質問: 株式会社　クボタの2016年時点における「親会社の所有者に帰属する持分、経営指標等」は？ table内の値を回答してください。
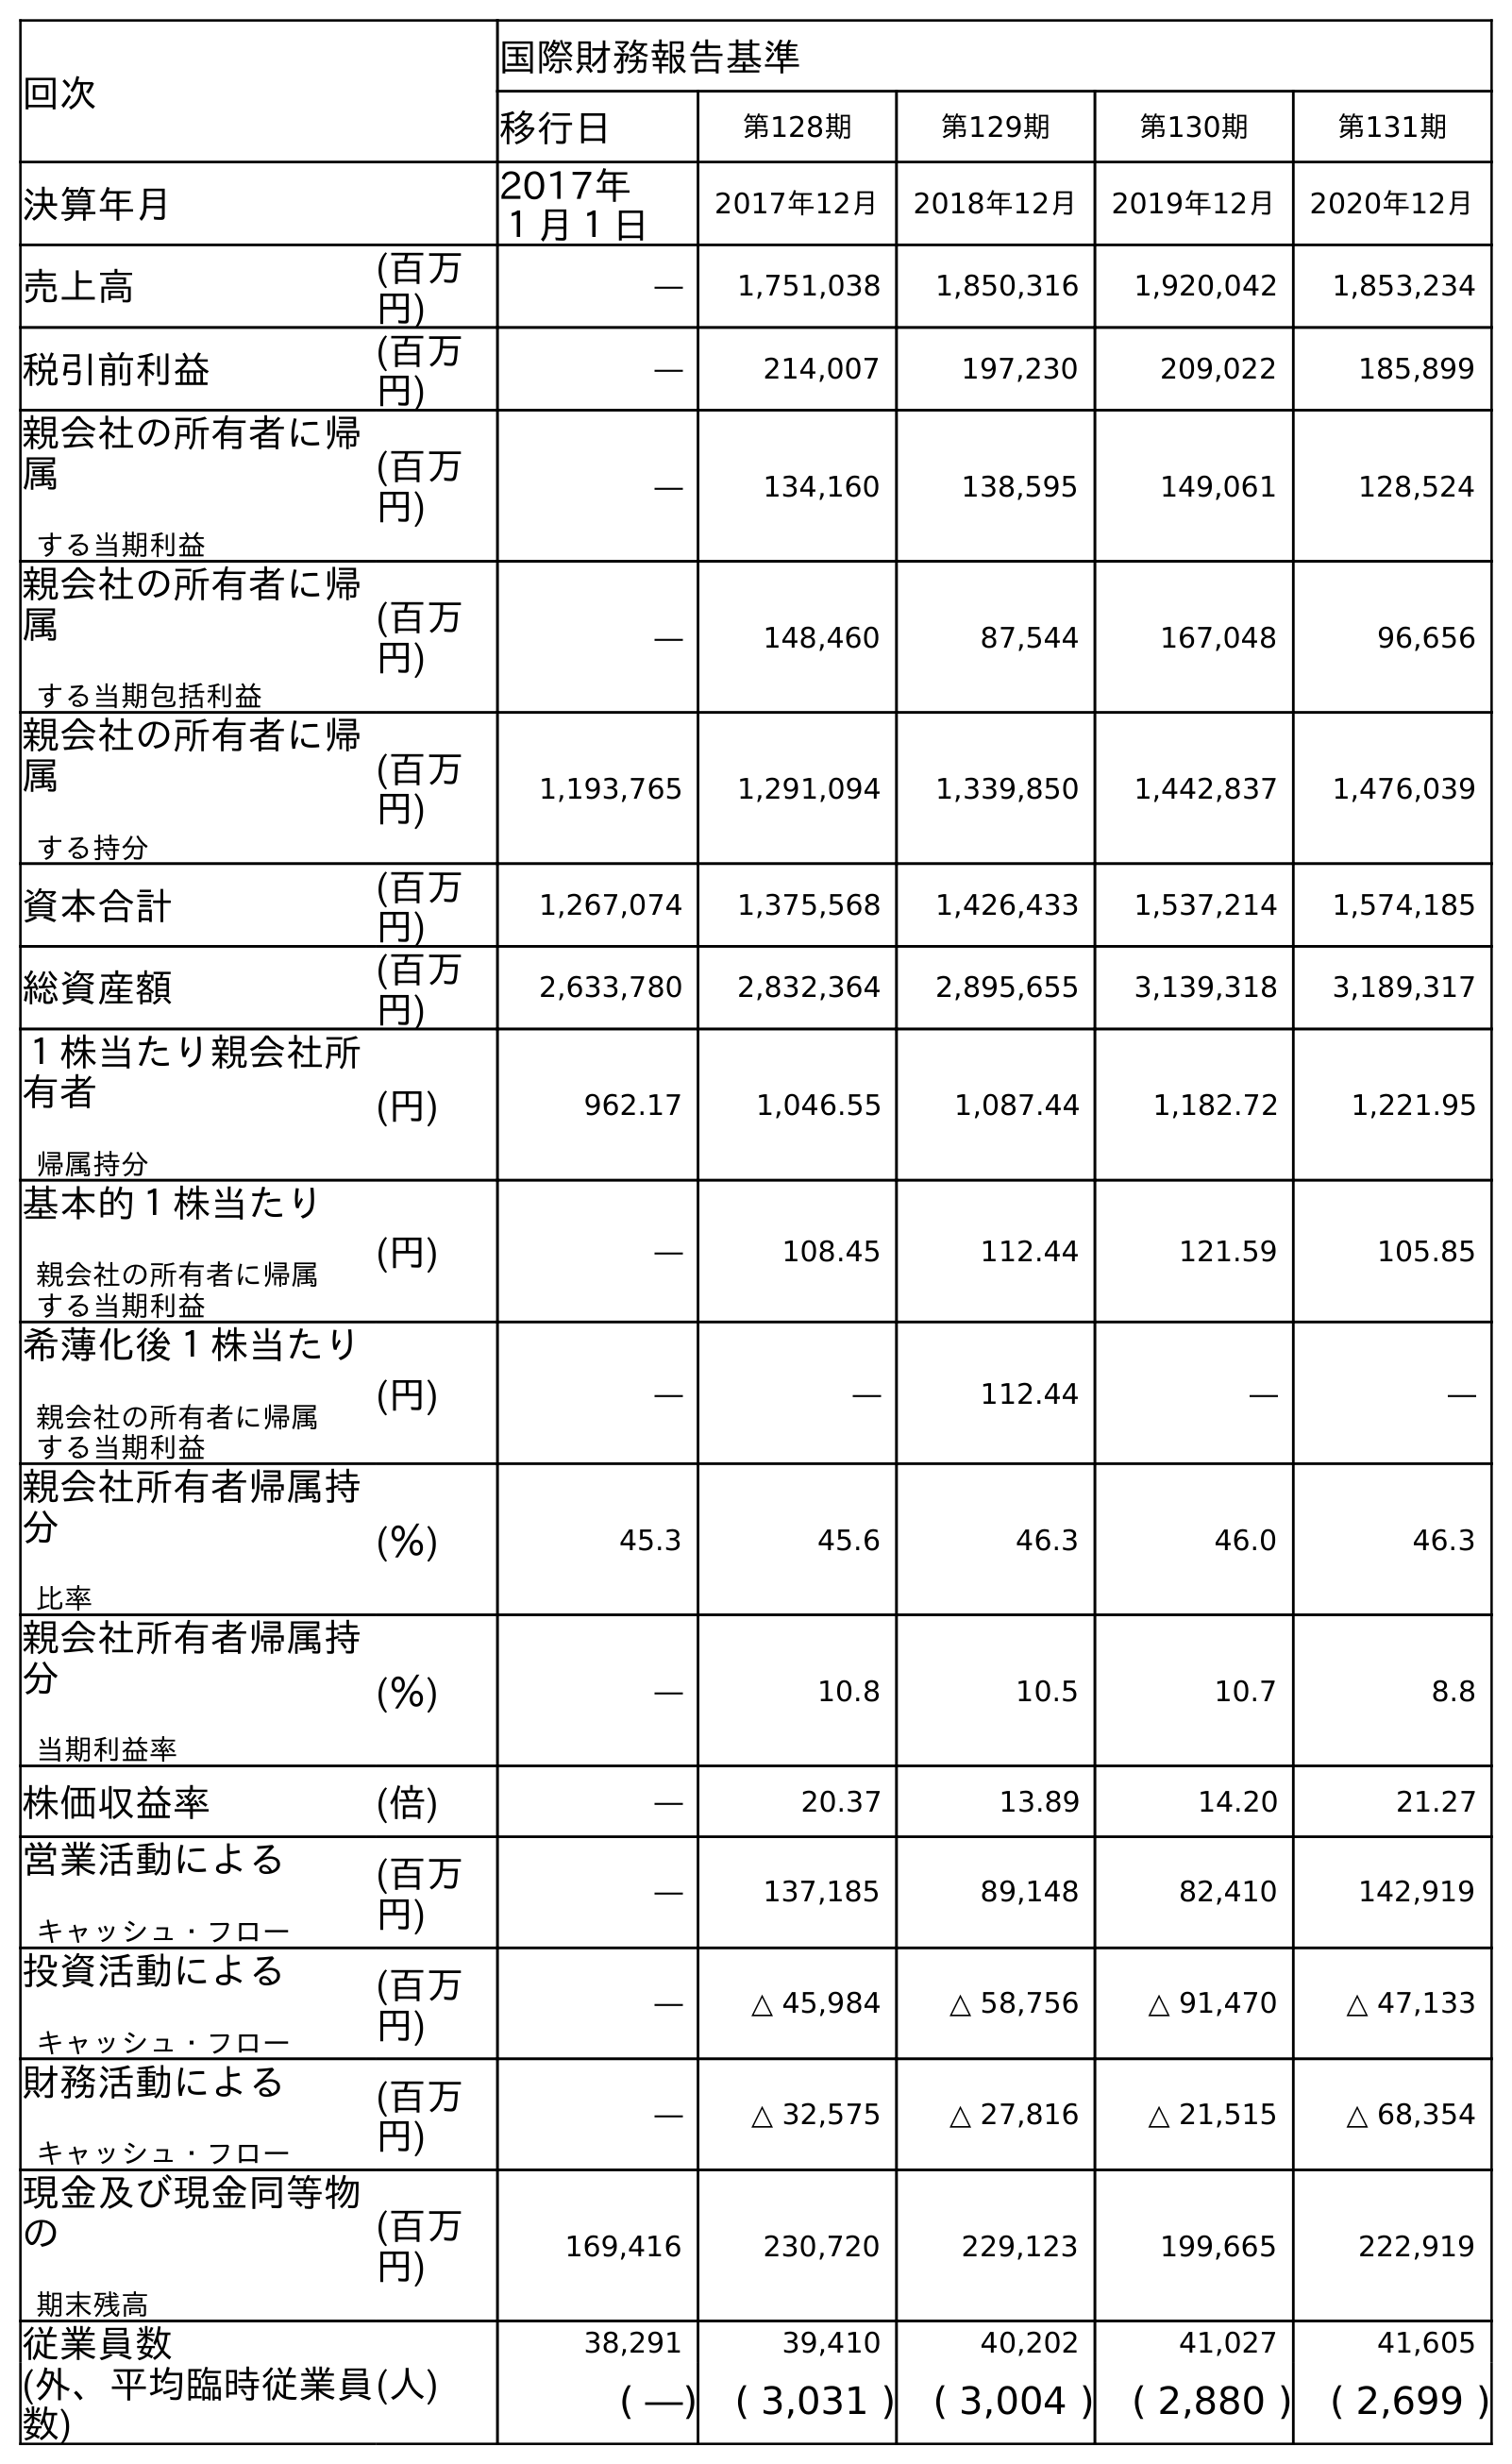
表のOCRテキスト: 回次 国際財務報告基準 移行日 第128期 第129期 第130期 第131期 決算年月 2017年 １月１日 2017年12月 2018年12月 2019年12月 2020年12月 売上高 (百万 円) ― 1,751,038 1,850,316 1,920,042 1,853,234 税引前利益 (百万 円) ― 214,007 197,230 209,022 185,899 親会社の所有者に帰 属 する当期利益 (百万 円) ― 134,160 138,595 149,061 128,524 親会社の所有者に帰 属 する当期包括利益 (百万 円) ― 148,460 87,544 167,048 96,656 親会社の所有者に帰 属 する持分 (百万 円) 1,193,765 1,291,094 1,339,850 1,442,837 1,476,039 資本合計 (百万 円) 1,267,074 1,375,568 1,426,433 1,537,214 1,574,185 総資産額 (百万 円) 2,633,780 2,832,364 2,895,655 3,139,318 3,189,317 １株当たり親会社所 有者 帰属持分 (円) 962.17 1,046.55 1,087.44 1,182.72 1,221.95 基本的１株当たり 親会社の所有者に帰属 する当期利益 (円) ― 108.45 112.44 121.59 105.85 希薄化後１株当たり 親会社の所有者に帰属 する当期利益 (円) ― ― 112.44 ― ― 親会社所有者帰属持 分 比率 (％) 45.3 45.6 46.3 46.0 46.3 親会社所有者帰属持 分 当期利益率 (％) ― 10.8 10.5 10.7 8.8 株価収益率 (倍) ― 20.37 13.89 14.20 21.27 営業活動による キャッシュ・フロー (百万 円) ― 137,185 89,148 82,410 142,919 投資活動による キャッシュ・フロー (百万 円) ― △ 45,984 △ 58,756 △ 91,470 △ 47,133 財務活動による キャッシュ・フロー (百万 円) ― △ 32,575 △ 27,816 △ 21,515 △ 68,354 現金及び現金同等物 の 期末残高 (百万 円) 169,416 230,720 229,123 199,665 222,919 従業員数 (人) 38,291 39,410 40,202 41,027 41,605 (外、平均臨時従業員 数) ( ―) ( 3,031 ) ( 3,004 ) ( 2,880 ) ( 2,699 )
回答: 1,193,765